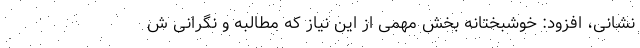
نشانی، افزود: خوشبختانه بخش مهمی از این نیاز که مطالبه و نگرانی ش